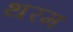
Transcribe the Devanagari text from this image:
थरम